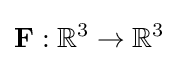
\mathbf {F} :\mathbb {R} ^{3}\rightarrow \mathbb {R} ^{3}